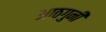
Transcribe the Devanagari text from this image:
आठगुनी